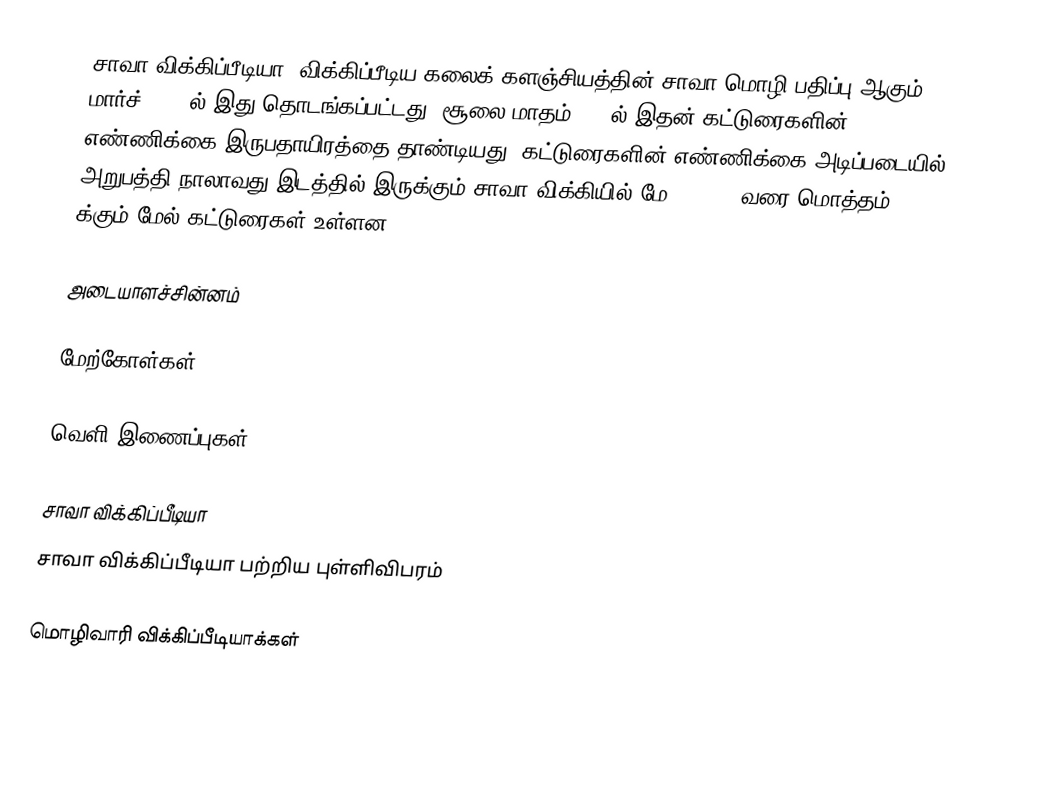
சாவா விக்கிப்பீடியா, விக்கிப்பீடிய கலைக் களஞ்சியத்தின் சாவா மொழி பதிப்பு ஆகும்.8 மார்ச், 2004ல் இது தொடங்கப்பட்டது. சூலை மாதம் 2009ல் இதன் கட்டுரைகளின் எண்ணிக்கை இருபதாயிரத்தை தாண்டியது. கட்டுரைகளின் எண்ணிக்கை அடிப்படையில் அறுபத்தி நாலாவது இடத்தில் இருக்கும் சாவா விக்கியில் மே 23,2022 வரை மொத்தம் 72,000 க்கும் மேல் கட்டுரைகள் உள்ளன.

அடையாளச்சின்னம்

மேற்கோள்கள்

வெளி இணைப்புகள்

சாவா விக்கிப்பீடியா
சாவா விக்கிப்பீடியா பற்றிய புள்ளிவிபரம்

 மொழிவாரி விக்கிப்பீடியாக்கள்